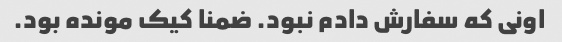
اونی که سفارش دادم نبود. ضمنا کیک مونده بود.